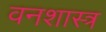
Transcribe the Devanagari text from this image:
वनशास्त्र